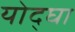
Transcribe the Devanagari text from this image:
योद्घा